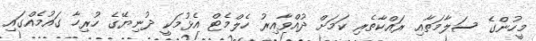
މީހުންގެ ސަލާމަތާއި ރައްކާތެރި ކަމަށް ދުއްވާއިރު ހެލްމެޓް އެޅުމަކީ ދުނިޔޭގެ ހުރިހާ ގައުމެއްގައި